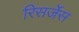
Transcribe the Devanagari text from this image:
रिसर्जेस